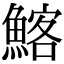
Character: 𩹃